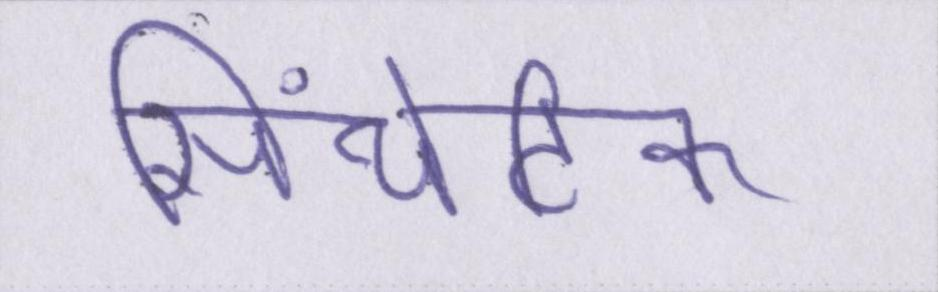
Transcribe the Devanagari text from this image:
सिंथेटिक